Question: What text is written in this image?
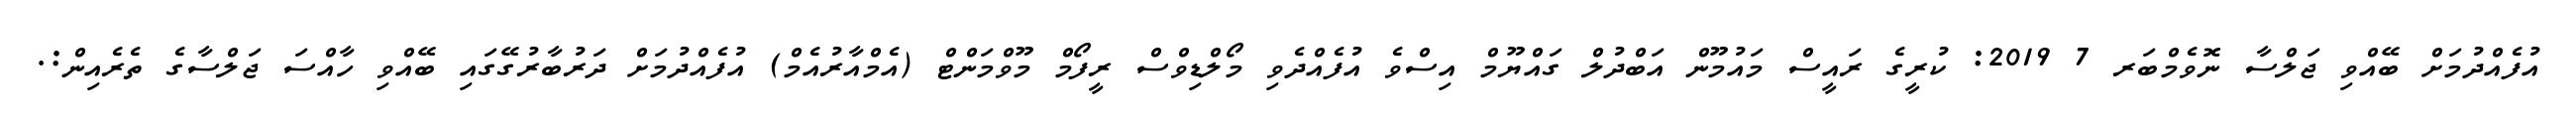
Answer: އުފެއްދުމަށް ބޭއްވި ޖަލްސާ ނޮވެމްބަރ 7 2019: ކުރީގެ ރައީސް މައުމޫން އަބްދުލް ގައްޔޫމް އިސްވެ އުފެއްދެވި މޯލްޑިވްސް ރީފޯމް މޫވްމަންޓް (އެމްއާރުއެމް) އުފެއްދުމަށް ދަރުބާރުގޭގައި ބޭއްވި ހާއްސަ ޖަލްސާގެ ތެރެއިން:.